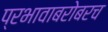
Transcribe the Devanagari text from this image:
प्रभावाबरोबरच